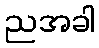
ညအခါ